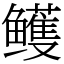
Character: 鳠